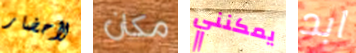
لأحضار مكان يمكنني ابد